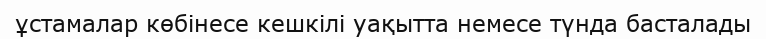
ұстамалар көбінесе кешкілі уақытта немесе түнда басталады